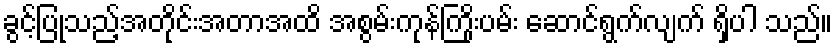
ခွင့်ပြုသည့်အတိုင်းအတာအထိ အစွမ်းကုန်ကြိုးပမ်း ဆောင်ရွက်လျက် ရှိပါ သည်။